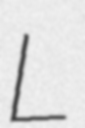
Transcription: L